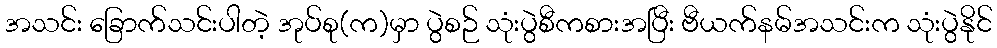
အသင်း ခြောက်သင်းပါတဲ့ အုပ်စု(က)မှာ ပွဲစဉ် သုံးပွဲစီကစားအပြီး ဗီယက်နမ်အသင်းက သုံးပွဲနိုင်